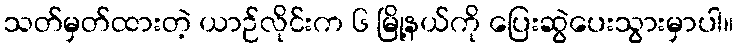
သတ်မှတ်ထားတဲ့ ယာဉ်လိုင်းက ၆ မြို့နယ်ကို ပြေးဆွဲပေးသွားမှာပါ။